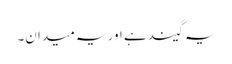
یہ گیند ہے اور یہ میدان۔